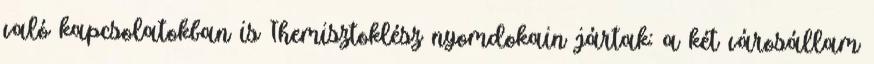
való kapcsolatokban is Themisztoklész nyomdokain jártak: a két városállam